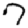
Digit: 7